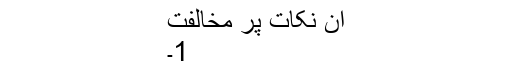
ان نکات پر مخالفت
1۔